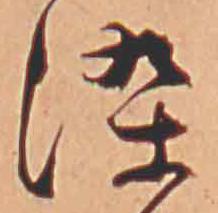
染